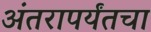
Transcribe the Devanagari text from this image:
अंतरापर्यंतचा